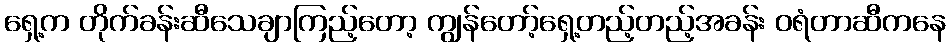
ရှေ့က တိုက်ခန်းဆီသေချာကြည့်တော့ ကျွန်တော့်ရှေ့တည့်တည့်အခန်း ဝရံတာဆီကနေ